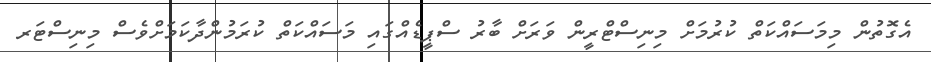
އެގޮތުން މިމަސައްކަތް ކުރުމަށް މިނިސްޓްރީން ވަރަށް ބާރު ސްޕީޑެއްގައި މަސައްކަތް ކުރަމުންދާކަމަށްވެސް މިނިސްޓަރ